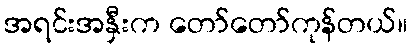
အရင်းအနှီးက တော်တော်ကုန်တယ်။